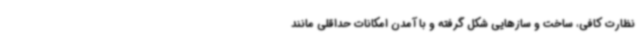
نظارت کافی، ساخت و سازهایی شکل گرفته و با آمدن امکانات حداقلی مانند